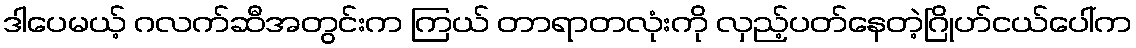
ဒါပေမယ့် ဂလက်ဆီအတွင်းက ကြယ် တာရာတလုံးကို လှည့်ပတ်နေတဲ့ဂြိုဟ်ငယ်ပေါ်က